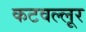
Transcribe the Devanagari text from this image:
कटवल्लूर